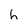
Character: h